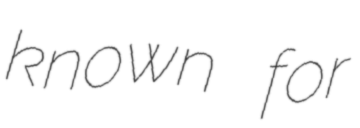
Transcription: known for